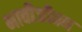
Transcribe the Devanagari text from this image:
भावीजीवन